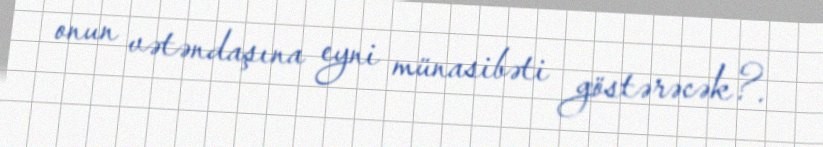
onun vətəndaşına eyni münasibəti göstərəcək?.